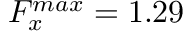
F _ { x } ^ { m a x } = 1 . 2 9